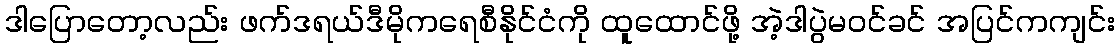
ဒါပြောတော့လည်း ဖက်ဒရယ်ဒီမိုကရေစီနိုင်ငံကို ထူထောင်ဖို့ အဲ့ဒါပွဲမဝင်ခင် အပြင်ကကျင်း